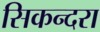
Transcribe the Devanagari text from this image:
सिकन्‍दरा